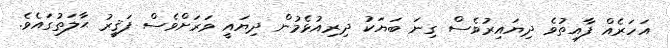
އަހަރެއް ފާއިތުވެ ދިޔައިރުވެސް ގިނަ ބަޔަކު ދިރިއުޅެމުން ދިޔައީ ވަރަށްވެސް ފަޤީރު ޙާލަތުގައެވެ.